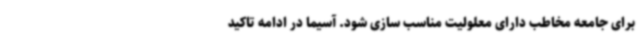
برای جامعه مخاطب دارای معلولیت مناسب سازی شود. آسیما در ادامه تاکید